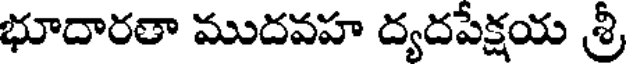
భూదారతా ముదవహ ద్యదపేక్షయ శ్రీ